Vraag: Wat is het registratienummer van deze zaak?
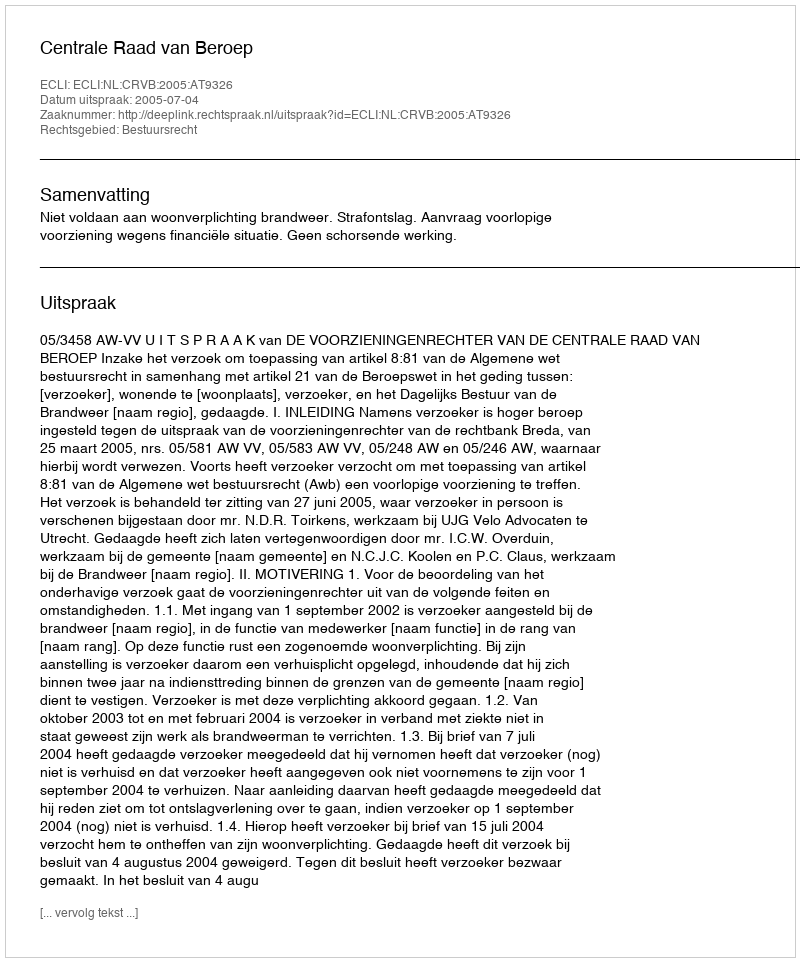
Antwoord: http://deeplink.rechtspraak.nl/uitspraak?id=ECLI:NL:CRVB:2005:AT9326